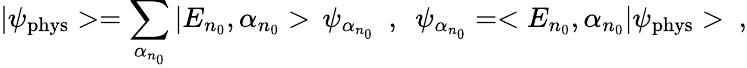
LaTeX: |\psi_{\mathrm{phys}}>=\sum_{\alpha_{n_{0}}}|E_{n_{0}},\alpha_{n_{0}}>\, \psi_{\alpha_{n_{0}}}\ \ ,\ \ \psi_{\alpha_{n_{0}}}=<E_{n_{0}},\alpha_{n_{0}}|\psi_{\mathrm{phys}}>\ ,